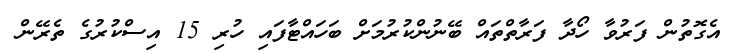
އެގޮތުން ފަރުވާ ހޯދާ ފަރާތްތައް ބޭނުންކުރުމަށް ބަހައްޓާފައި ހުރި 15 އިސްކުރުގެ ތެރޭން